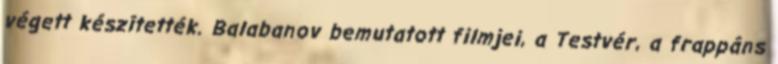
végett készítették. Balabanov bemutatott filmjei, a Testvér, a frappáns